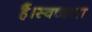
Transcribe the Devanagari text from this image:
हैं।स्वच्छता